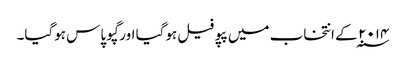
۲۰۱۴ ؁ کے انتخاب میں پپو فیل ہوگیا اور گپو پاس ہوگیا۔